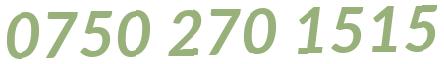
0750 270 1515